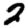
Digit: 2